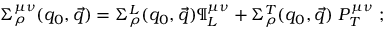
\Sigma _ { \rho } ^ { \mu \nu } ( q _ { 0 } , \vec { q } ) = \Sigma _ { \rho } ^ { L } ( q _ { 0 } , \vec { q } ) \P _ { L } ^ { \mu \nu } + \Sigma _ { \rho } ^ { T } ( q _ { 0 } , \vec { q } ) \ P _ { T } ^ { \mu \nu } \ ;